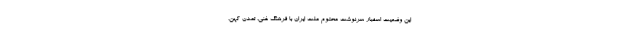
این‌ وضعیت اسفبار سرنوشت محتوم ملت ایران با فرهنگ غنی، تمدن کهن،